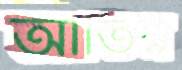
আর্তির